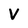
Character: V